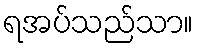
ရအပ်သည်သာ။